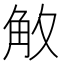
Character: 𮗡